Civil Veterinary Department. Madras. Admin. report 1926-33 - 1926-1933
Year: 1926
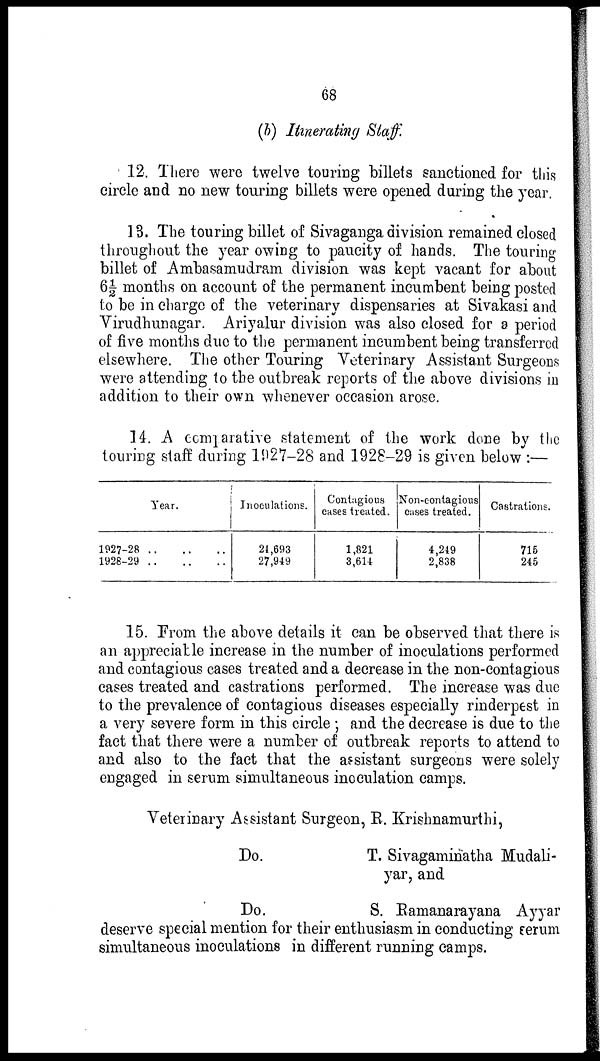
68
(b) Itinerating Staff.
12. There were twelve touring billets sanctioned for this
circle and no new touring billets were opened during the year.
13. The touring billet of Sivaganga division remained closed
throughout the year owing to paucity of hands. The touring
billet of Ambasamudram division was kept vacant for about
6½ months on account of the permanent incumbent being posted
to be in charge of the veterinary dispensaries at Sivakasi and
Virudhunagar. Ariyalur division was also closed for a period
of five months duo to the permanent incumbent being transferred
elsewhere. The other Touring Veterinary Assistant Surgeons
were attending to the outbreak reports of the above divisions in
addition to their own whenever occasion arose.
14. A comparative statement of the work done by the
touring staff during 1927-28 and 1928-29 is given below:—
Year.
1927-28 .. .. ..
1928-29
..
..
..
Inoculations.
21,693
27,949
Contagious
cases treated.
1,821
3,614
Non-contagious
cases treated.
4,249
2,838
Castrations.
716
245
15. From the above details it can be observed that there is
an appreciable increase in the number of inoculations performed
and contagious cases treated and a decrease in the non-contagious
cases treated and castrations performed. The increase was due
to the prevalence of contagious diseases especially rinderpest in
a very severe form in this circle; and the decrease is due to the
fact that there were a number of outbreak reports to attend to
and also to the fact that the assistant surgeons were solely
engaged in serum simultaneous inoculation camps.
Veterinary Assistant Surgeon, R. Krishnamurthi,
Do.
Do.
T. Sivagaminatha Mudali-
yar, and
S. Ramanarayana Ayyar
deserve special mention for their enthusiasm in conducting serum
simultaneous inoculations in different running camps.